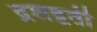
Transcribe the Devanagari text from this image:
द्रशद्वती